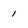
Character: 1